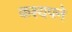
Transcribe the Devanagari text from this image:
कश्यपने